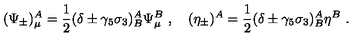
( \Psi _ { \pm } ) _ { \mu } ^ { A } = \frac { 1 } { 2 } ( \delta \pm \gamma _ { 5 } \sigma _ { 3 } ) _ { B } ^ { A } \Psi _ { \mu } ^ { B } \ , \quad ( \eta _ { \pm } ) ^ { A } = \frac { 1 } { 2 } ( \delta \pm \gamma _ { 5 } \sigma _ { 3 } ) _ { B } ^ { A } \eta ^ { B } \ .